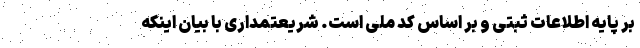
بر پایه اطلاعات ثبتی و بر اساس کد ملی است. شریعتمداری با بیان اینکه